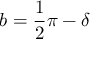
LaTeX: b = { \frac { 1 } { 2 } } \pi - \delta